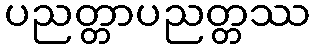
ပညတ္တာပညတ္တဿ